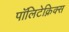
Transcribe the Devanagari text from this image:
पॉलिटेक्निक्स